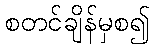
စတင်ချိန်မှစ၍